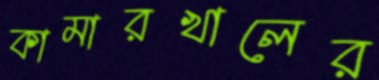
কামারখালের